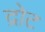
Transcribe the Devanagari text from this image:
द्रोट